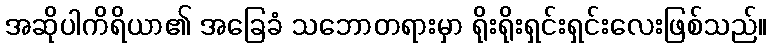
အဆိုပါကိရိယာ၏ အခြေခံ သဘောတရားမှာ ရိုးရိုးရှင်းရှင်းလေးဖြစ်သည်။